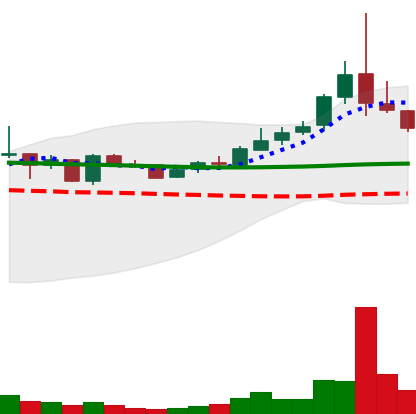
Ticker: TRX-USD
Chart end date: 2019-01-12
Forward return: 7.749%
Label: up_7plus